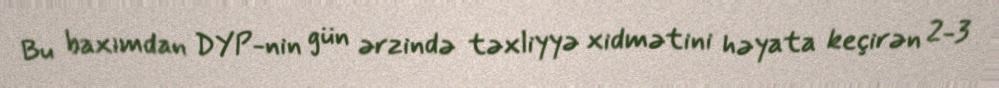
Bu baxımdan DYP-nin gün ərzində təxliyyə xidmətini həyata keçirən 2-3